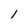
Character: 1